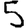
Digit: 5